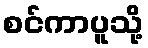
စင်ကာပူသို့